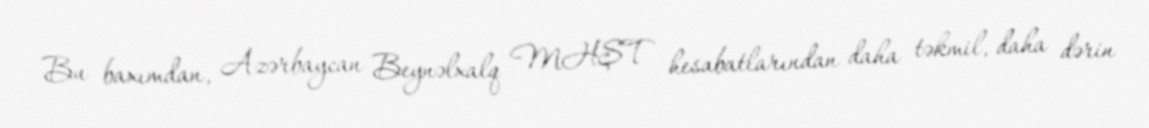
Bu baxımdan, Azərbaycan Beynəlxalq MHŞT hesabatlarından daha təkmil, daha dərin